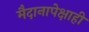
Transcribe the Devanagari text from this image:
मैदानापेक्षाही